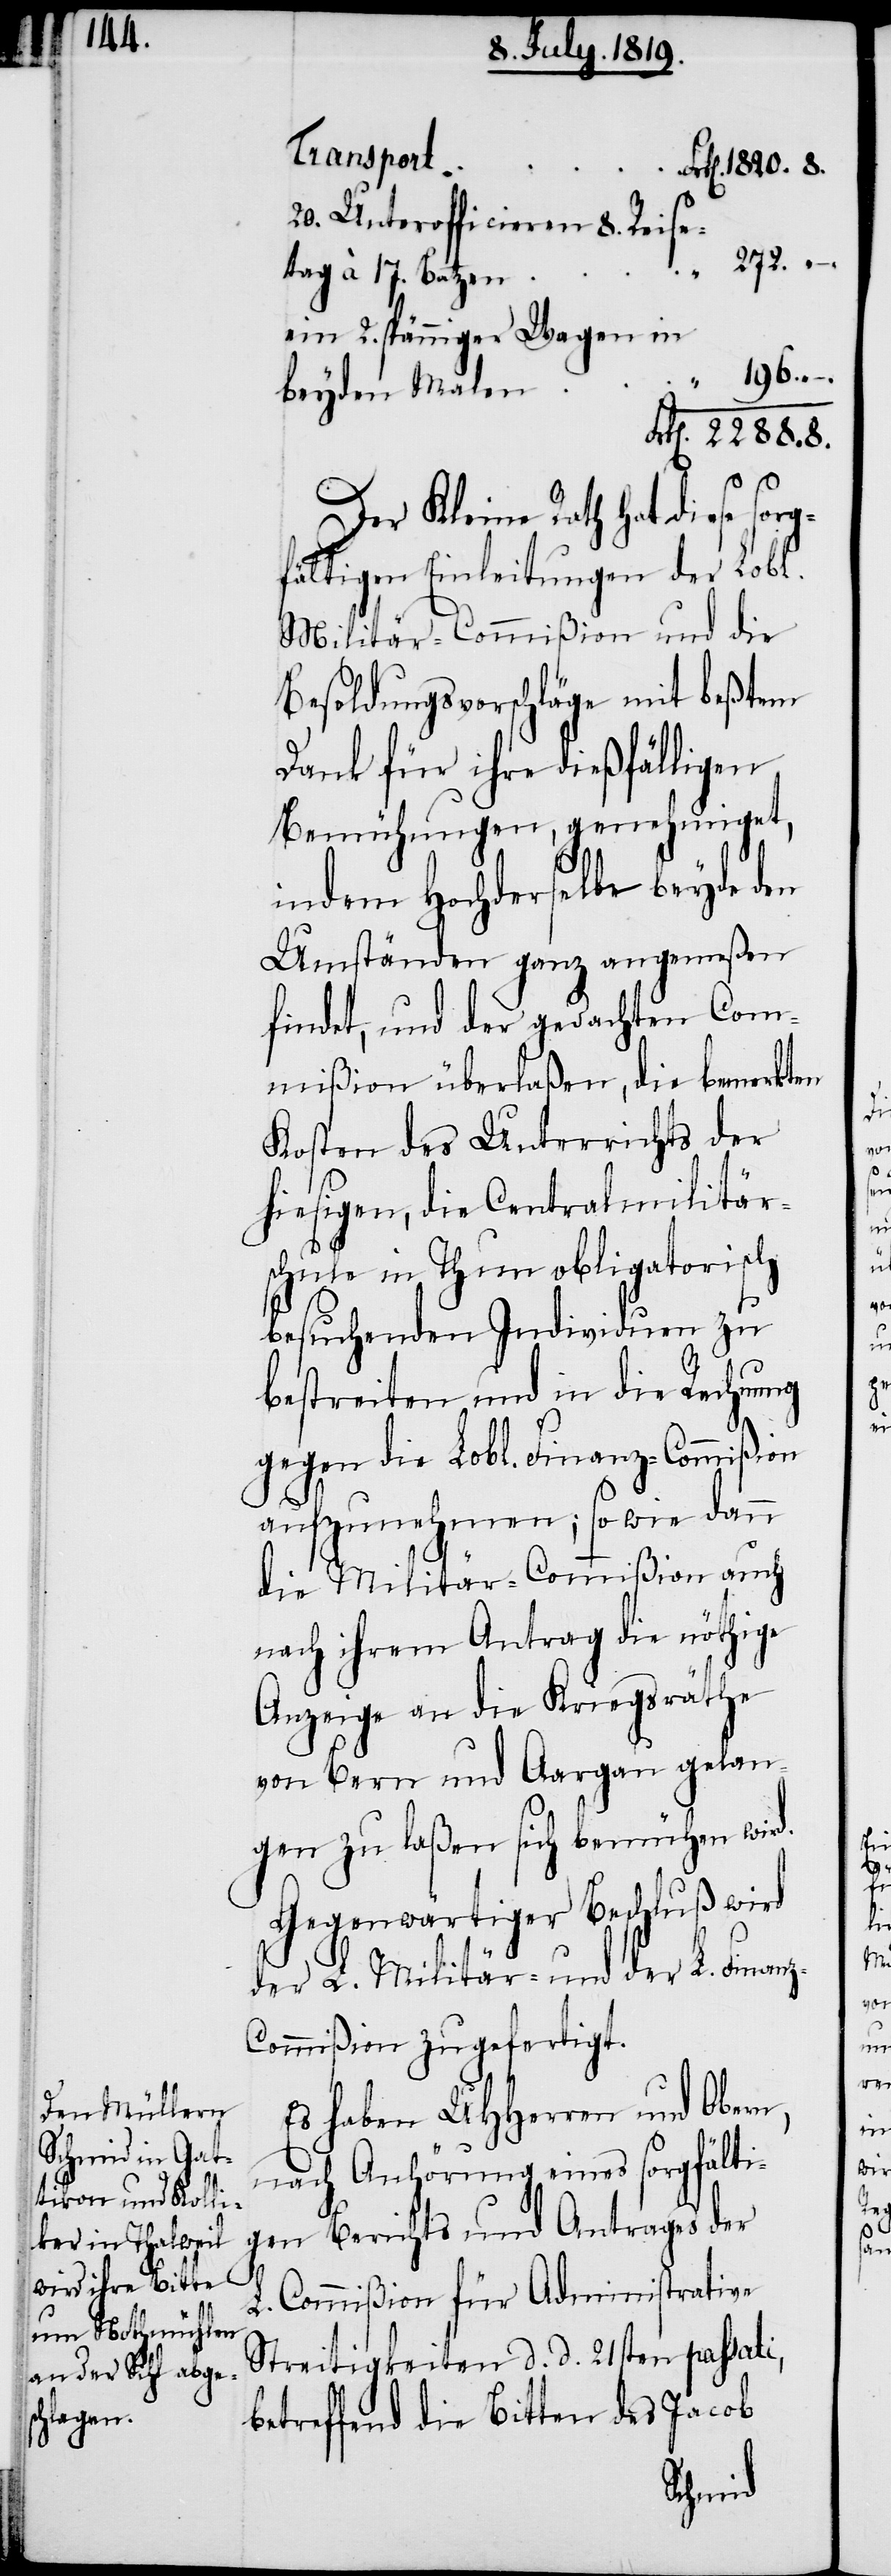
20. Unterofficieren 8. Reise¬
272. –.
rg¬
tag à 17. Batzen
ein 2. spänniger Wagen in
beyden Malen
k[en]. 2288. 8.
Der Kleine Rath hat diese so¬
fältigen Einleitungen der Lobl.
Militär-Commißion und die
Besoldungsvorschläge mit beßtem
Dank für ihre dießfälligen
Bemühungen, genehmiget,
indem Hochderselbe beyde
Umständen ganz angemeßen
findet, und der gedachten Com¬
mißion überlaßen, die bemerkten
Kosten des Unterrichts der
hiesigen, die Centralmilitär¬
schule in Thun obligatorisch
besuchenden Individuen zu
bestreiten und in die Rechnung
gegen die Lobl. Finanz-Commißion
aufzunehmen; so wie dann
die Militär-Commißion auch
nach ihrem Antrag die nöthige
Anzeige an die Kriegsräthe
von Bern und Aargau gelan¬
gen zu laßen sich bemühen wird.
Gegenwärtiger Beschluß wird
der L. Militär- und der L. Finan¬
z-Commißion zugefertigt.
Es haben UHHerren und Obern,
nach Anhörung eines sorgfälti¬
gen Berichts und Antrages der
8.
L. Commißion für Administrative
Streitigkeiten d. d. 21sten passati,
betreffend die Bitten des Jacob